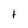
Character: t